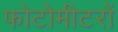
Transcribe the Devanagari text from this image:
फोटोमीटरों